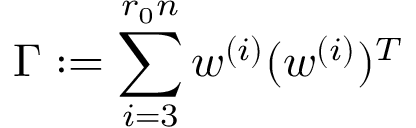
\Gamma : = \sum _ { i = 3 } ^ { r _ { 0 } n } w ^ { ( i ) } ( w ^ { ( i ) } ) ^ { T }